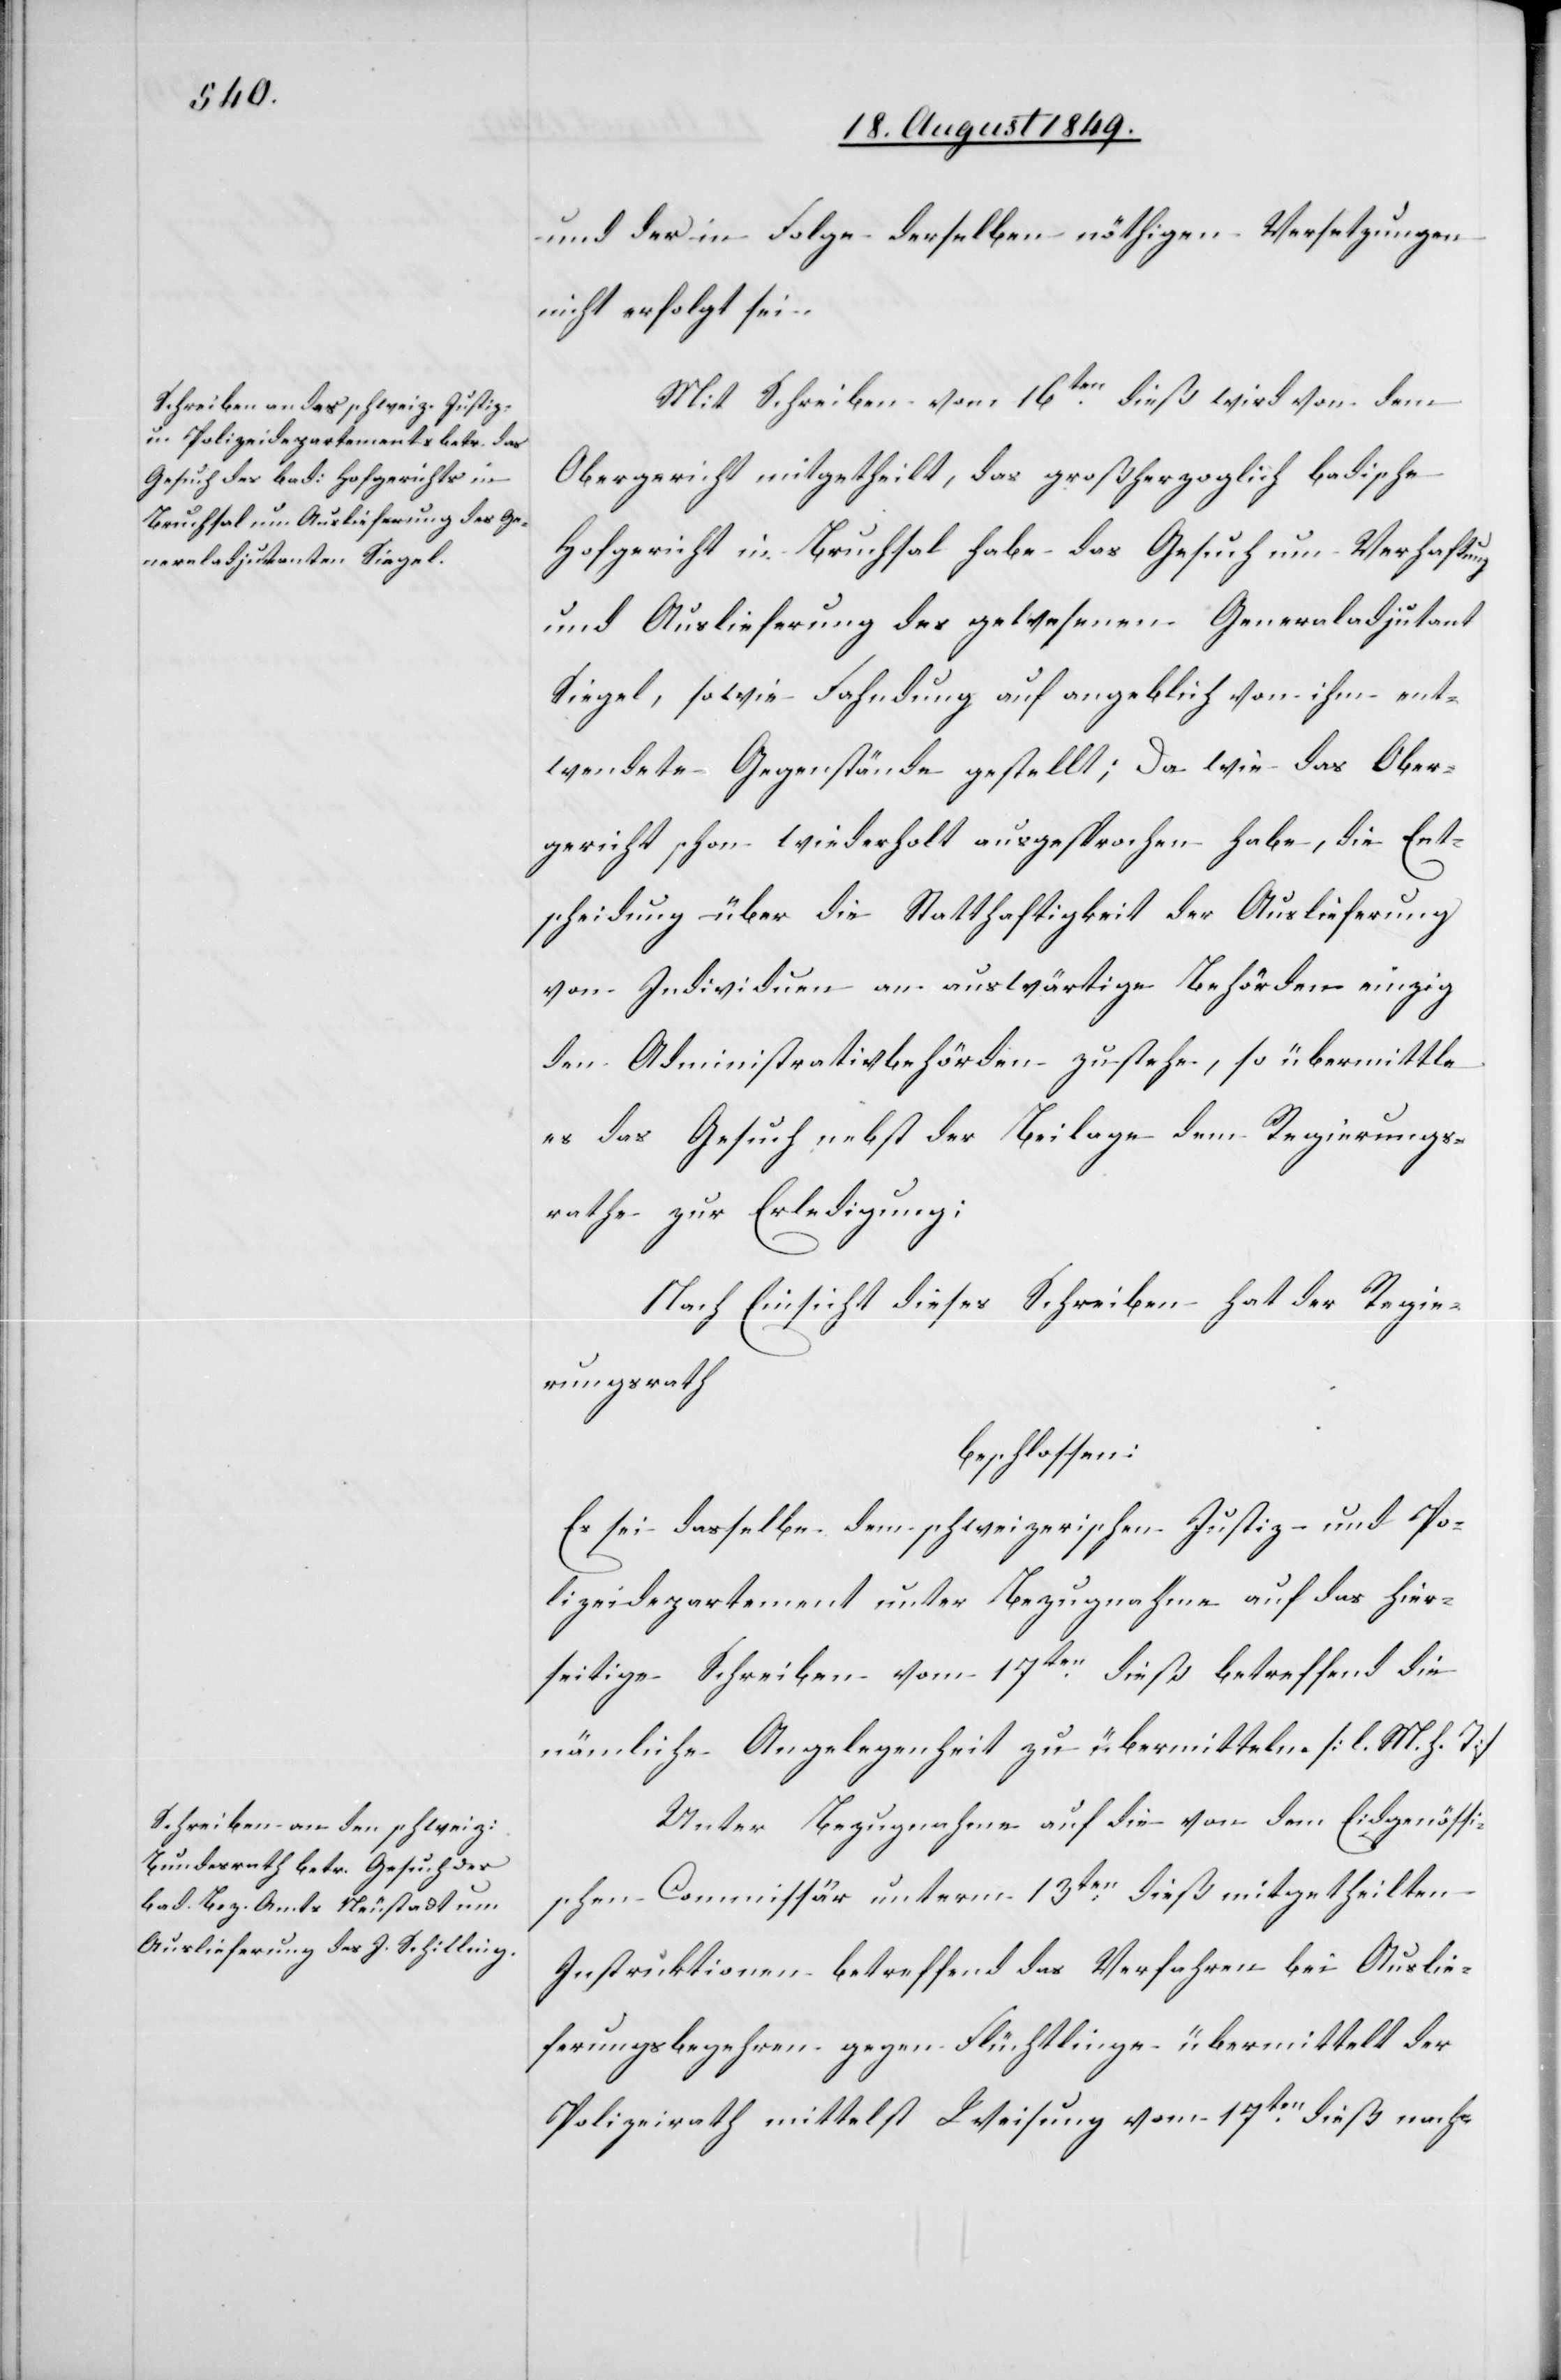
und der in Folge derselben nöthigen Versetzungen
nicht erfolgt sei.
Mit Schreiben vom 16ten dieß wird von dem
Obergericht mitgetheilt, das großherzoglich badische
Hofgericht in Bruchsal habe das Gesuch um Verhaftung
und Auslieferung des gewesenen Generaladjutant
Siegel, sowie Fahndung auf angeblich von ihm ent¬
wendete Gegenstände gestellt; Da wie das Ober¬
gericht schon wiederholt ausgesprochen habe, die Ent¬
scheidung über die Statthaftigkeit der Auslieferung
von Individuen an auswärtige Behörden einzig
den Administrativbehörden zustehe, so übermittle
es das Gesuch nebst der Beilage dem Regierungs¬
rathe zur Erledigung:
Nach Einsicht dieses Schreiben[s] hat der Regie¬
rungsrath
beschlossen:
Es sei dasselbe dem schweizerischen Justiz- und Po¬
lizeidepartement unter Bezugnahme auf das hier¬
seitige Schreiben vom 17ten dieß betreffend die
nämliche Angelegenheit zu übermitteln. [l. M. h. T]
Unter Bezugnahme auf die von dem Eidgenössi¬
schen Commissär unterm 13ten dieß mitgetheilten
Instruktionen betreffend das Verfahren bei Auslie¬
ferungsbegehren gegen Flüchtlinge übermittelt der
Polizeirath mittelst Weisung vom 17ten dieß nach-